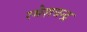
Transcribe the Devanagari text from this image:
रमेशचन्‍द्र